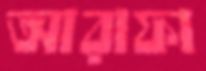
আরাফা